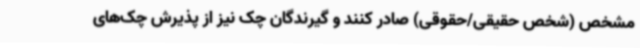
مشخص (شخص حقیقی/حقوقی) ‌صادر کنند و گیرندگان چک نیز از پذیرش چک‌های